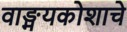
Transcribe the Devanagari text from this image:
वाङ्मयकोशाचे